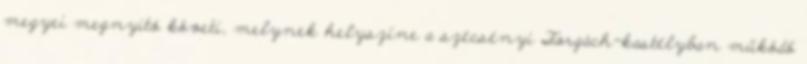
megyei megnyitó követi, melynek helyszíne a szécsényi Forgách-kastélyban működő